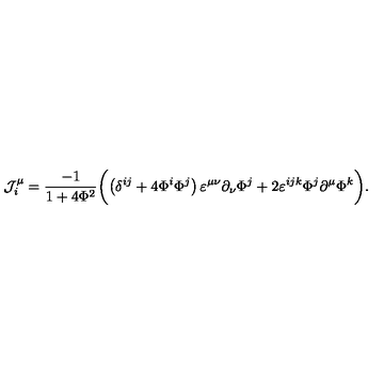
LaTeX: { \cal J } _ { i } ^ { \mu } = \frac { - 1 } { 1 + 4 { \Phi } ^ { 2 } } \biggl ( \left( \delta ^ { i j } + 4 \Phi ^ { i } \Phi ^ { j } \right) \varepsilon ^ { \mu \nu } \partial _ { \nu } \Phi ^ { j } + 2 \varepsilon ^ { i j k } \Phi ^ { j } \partial ^ { \mu } \Phi ^ { k } \biggr ) .